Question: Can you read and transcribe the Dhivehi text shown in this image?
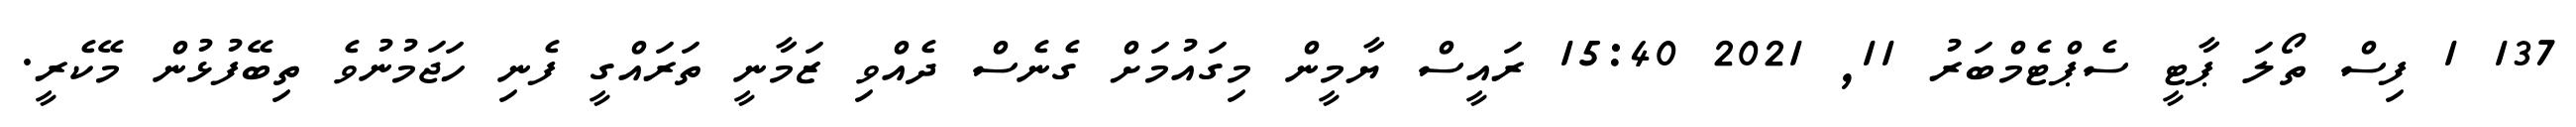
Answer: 137 1 ފިސް ތޯލަ ޕާޓީ ސެޕްޓެމްބަރު 11, 2021 15:40 ރައީސް ޔާމީން މިގައުމަށް ގެނެސް ދެއްވި ޒަމާނީ ތަރައްގީ ފެނި ހަޖަމުނުވެ ތިބޭފުޅުން މޭކެރީ.